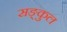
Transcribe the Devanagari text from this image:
सङ्कुल